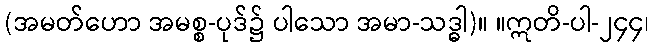
(အမတ်ဟော အမစ္စ-ပုဒ်၌ ပါသော အမာ-သဒ္ဓါ)။ ။ဣတိ-ပါ-၂၄၄၊